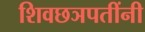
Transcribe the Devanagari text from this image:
शिवछञपतींनी